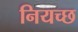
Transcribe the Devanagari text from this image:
नियच्छ